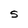
Character: S